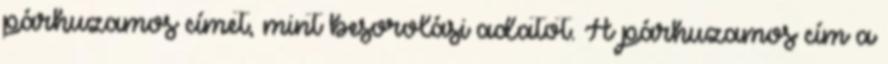
párhuzamos címet, mint besorolási adatot. A párhuzamos cím a